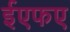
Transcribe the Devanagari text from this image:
ईएफए